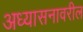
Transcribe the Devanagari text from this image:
अध्यासनावरील